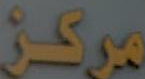
مركز